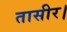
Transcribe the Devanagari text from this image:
तासीर।